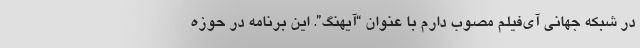
در شبکه جهانی آی‌فیلم مصوب دارم با عنوان “آیهنگ”. این برنامه در حوزه